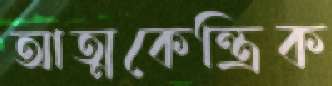
আত্মকেন্ত্রিক